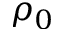
\rho _ { 0 }